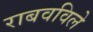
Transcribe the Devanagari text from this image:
राबवविले